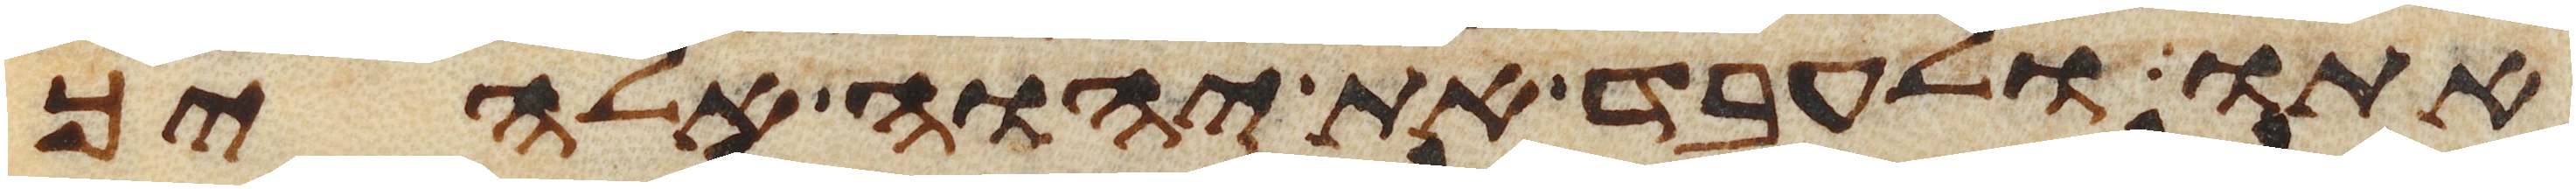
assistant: אתו ולעבד את יהוה אלהיך